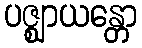
ပဇ္ဈာယန္တော